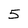
Character: 5